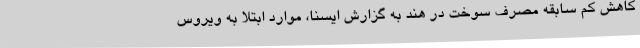
کاهش کم سابقه مصرف سوخت در هند به گزارش ایسنا، موارد ابتلا به ویروس